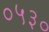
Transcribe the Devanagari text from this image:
०५३०